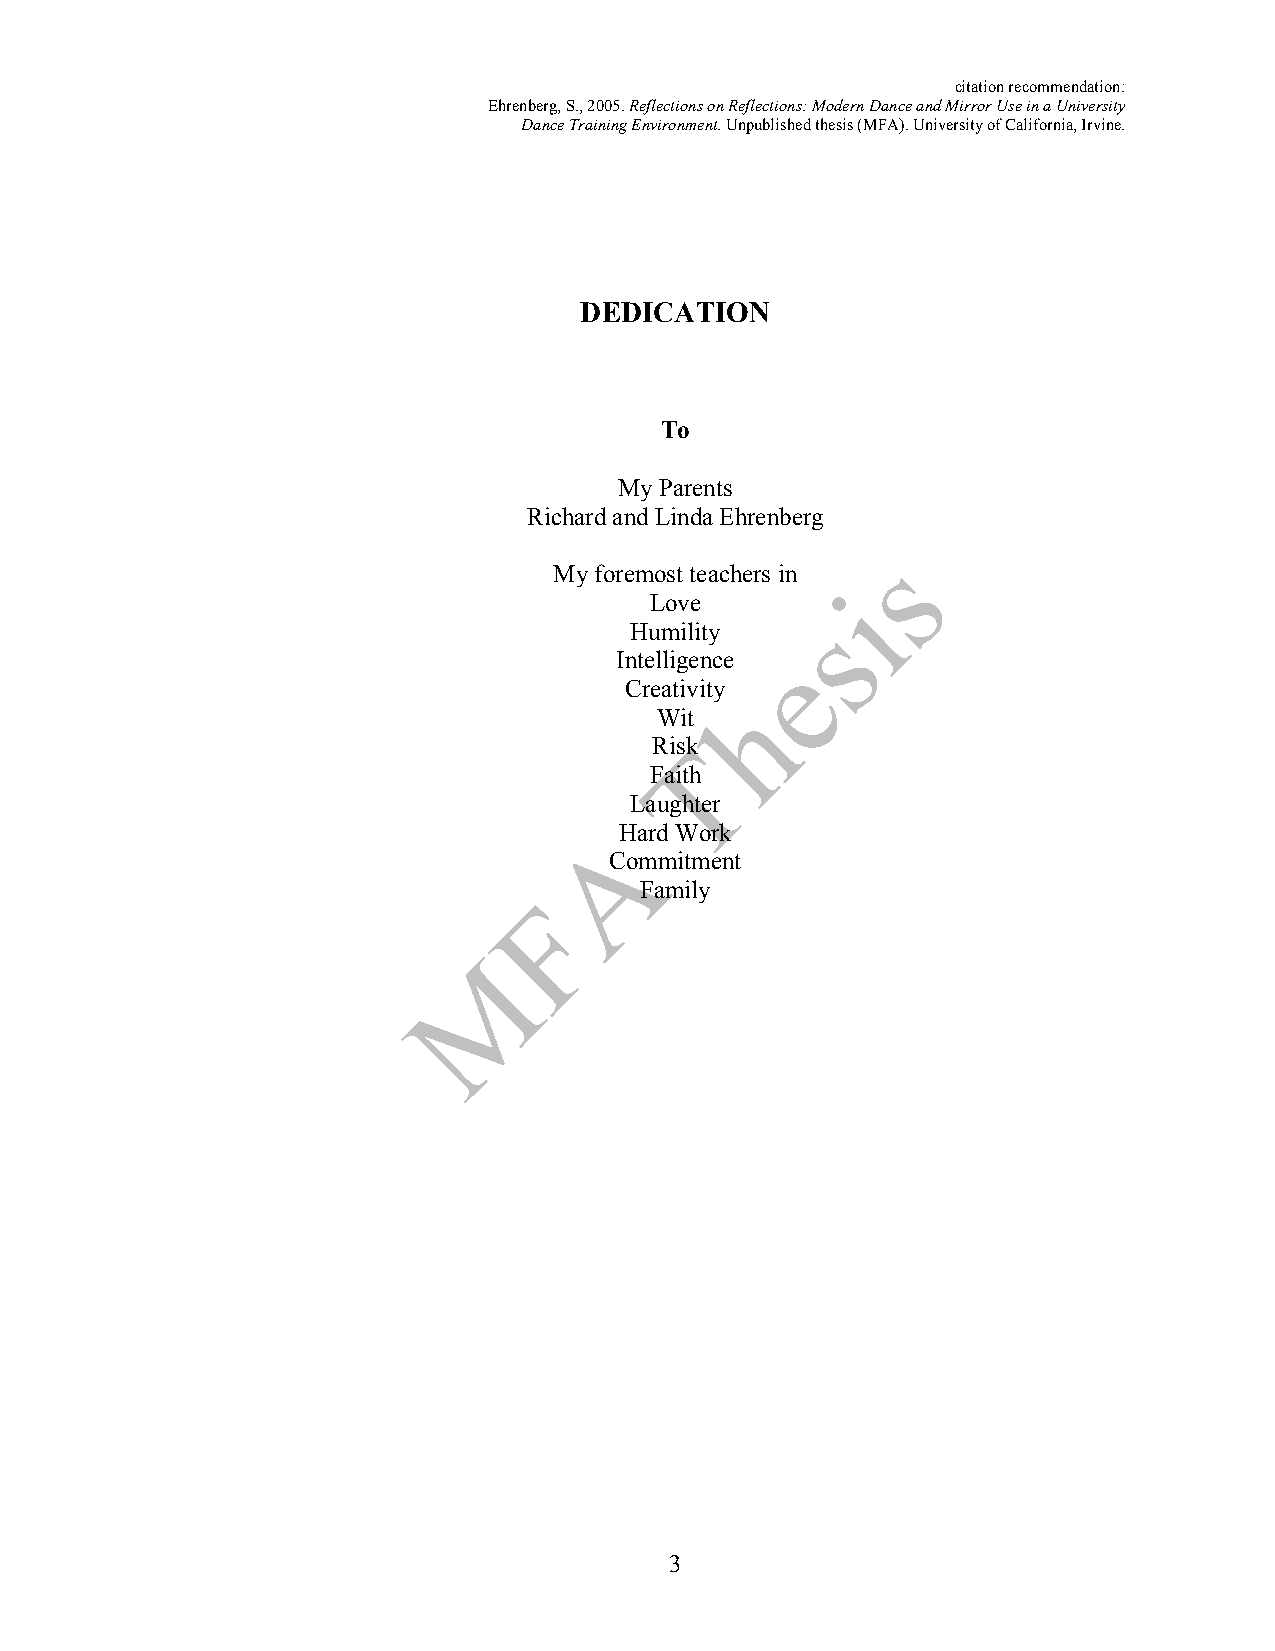
citation recommendation:
 Ehrenberg, S., 2005. Reflections on Reflections: Modern Dance and Mirror Use in a University
 Dance Training Environment. Unpublished thesis (MFA). University of California, Irvine.
 DEDICATION
 To
 My Parents
 Richard and Linda Ehrenberg
 My foremost teachers in
 Love
 Humility
 Intelligence
 Creativity
 Wit
 Risk
 Faith
 Laughter
 Hard Work
 Commitment
 Family
 3